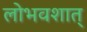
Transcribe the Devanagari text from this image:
लोभवशात्